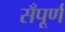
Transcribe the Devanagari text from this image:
सँपूर्ण